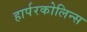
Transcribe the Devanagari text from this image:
हार्परकोलिन्स